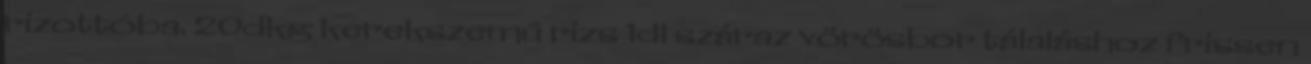
rizottóba. 20dkg kerekszemű rizs 1dl száraz vörösbor tálaláshoz frissen